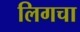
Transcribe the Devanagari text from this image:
लिगचा